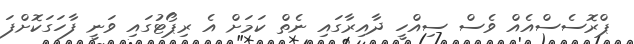
ޕްރޮސެސްއެއް ވެސް ސިއްހީ ދާއިރާގައި ނެތް ކަމަށް އެ ރިޕޯޓުގައި ވަނީ ފާހަގަކޮށްފަ